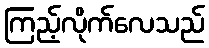
ကြည့်လိုက်လေသည်